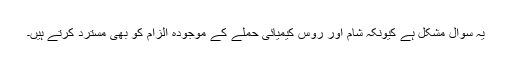
یہ سوال مشکل ہے کیونکہ شام اور روس کیمیائی حملے کے موجودہ الزام کو بھی مسترد کرتے ہیں۔